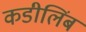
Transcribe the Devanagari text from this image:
कडीलिंब